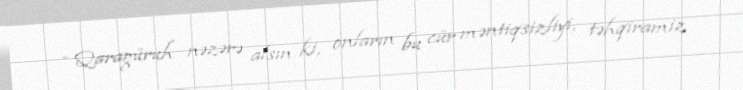
- Qaragüruh nəzərə alsın ki, onların bu cür məntiqsizliyi, təhqiramiz